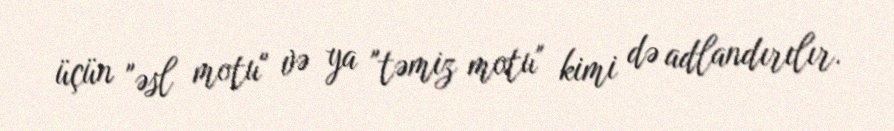
üçün "əsl motu" və ya "təmiz motu" kimi də adlandırılır.